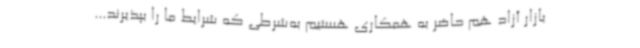
بازار آزاد هم حاضر به همکاری هستیم به‌شرطی که شرایط ما را بپذیرند...